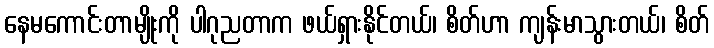
နေမကောင်းတာမျိုးကို ပါဂုညတာက ဖယ်ရှားနိုင်တယ်၊ စိတ်ဟာ ကျန်းမာသွားတယ်၊ စိတ်